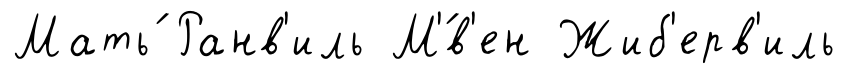
Мать́ Ранв'иль М'́в'ен Жиб'ерв'иль